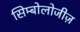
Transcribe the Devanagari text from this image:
सिम्बोलोजीज़